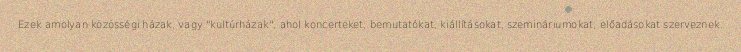
Ezek amolyan közösségi házak, vagy "kultúrházak", ahol koncerteket, bemutatókat, kiállításokat, szemináriumokat, előadásokat szerveznek.